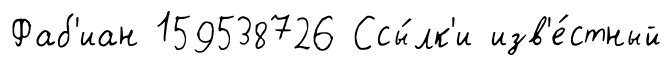
Фаб'иан 159538726 Ссы́лк'и изв'е́стный